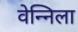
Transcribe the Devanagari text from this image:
वेन्निला